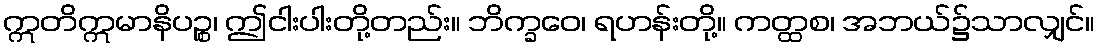
ဣတိဣမာနိပဉ္စ၊ ဤငါးပါးတို့တည်း။ ဘိက္ခဝေ၊ ရဟန်းတို့။ ကတ္ထစ၊ အဘယ်၌သာလျှင်။